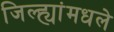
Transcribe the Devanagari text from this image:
जिल्ह्यांमधले